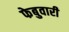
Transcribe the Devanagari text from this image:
फेबुवारी